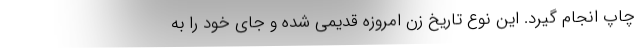
چاپ انجام گیرد. این نوع تاریخ زن امروزه قدیمی شده و جای خود را به